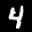
Label: 4